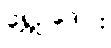
ရွှေဥဒေါင်း